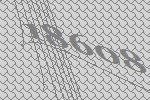
18608